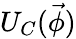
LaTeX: U_{C}(\vec{\phi})